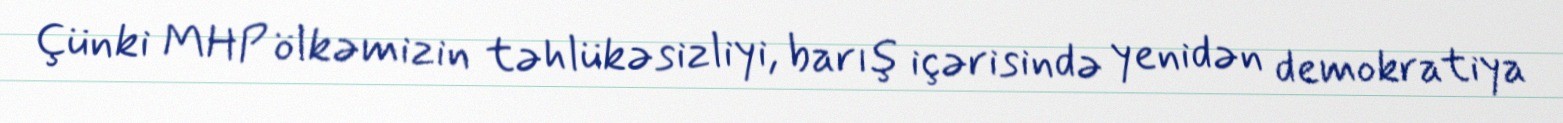
Çünki MHP ölkəmizin təhlükəsizliyi, barış içərisində yenidən demokratiya